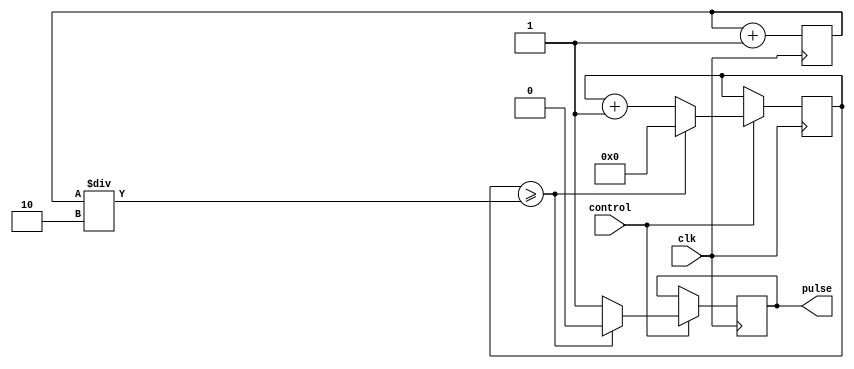
module duty_cycle_pulse_generator (
    input wire clk,
    input wire control,
    output reg pulse
);

reg [31:0] pulse_width;
reg [31:0] period_count;

always @(posedge clk) begin
    if (control) begin
        pulse <= 1'b1;
        pulse_width <= pulse_width + 1;
        if (pulse_width >= period_count/2) begin
            pulse <= 1'b0;
            pulse_width <= 0;
        end
    end
end

always @(posedge clk) begin
    period_count <= period_count + 1;
end

endmodule